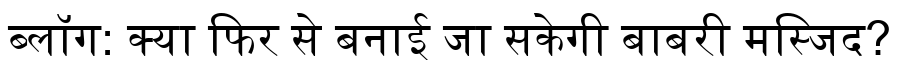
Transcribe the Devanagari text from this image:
ब्लॉग: क्या फिर से बनाई जा सकेगी बाबरी मस्जिद?